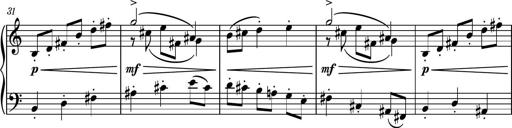
Title: Piano Sonatina No.4
Composer: Dimitri Sykias
Key: D major